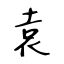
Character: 袁